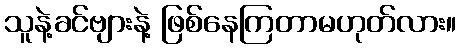
သူနဲ့ခင်ဗျားနဲ့ ဖြစ်နေကြတာမဟုတ်လား။